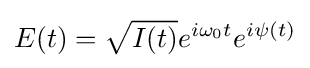
E(t)={\sqrt {I(t)}}e^{i\omega _{0}t}e^{i\psi (t)}